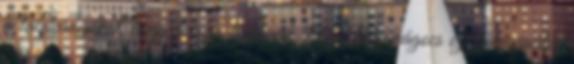
a labdarúgókat, hogy focizni tudjanak. A Nagymágocs ezt kihasználva